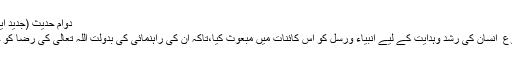
دوام حدیث (جدید ایڈیشن)جلد اول و دوم
اللہ تعالیٰ نے بنی نوع ِ انسان کی رشد وہدایت کے لیے انبیاء ورسل کو اس کائنات میں مبعوث کیا،تاکہ ان کی راہنمائی کی بدولت اللہ تعالیٰ کی رضا کو حاصل کیا جاسکے۔